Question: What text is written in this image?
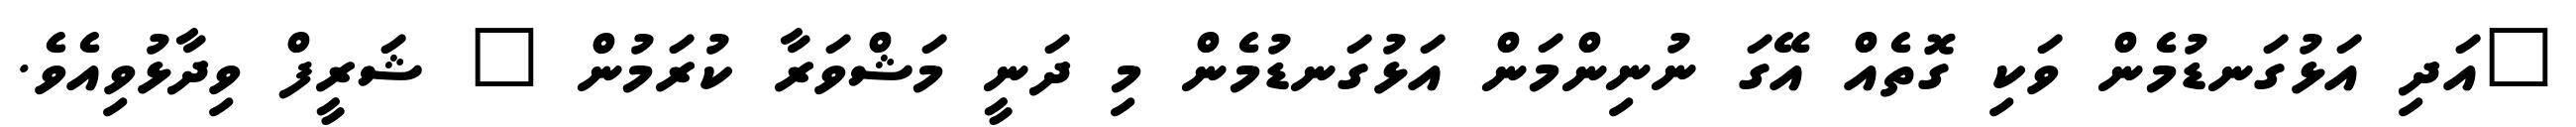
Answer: "އަދި އަޅުގަނޑުމެން ވަކި ގޮތެއް އޭގަ ނުނިންމަން އަޅުގަނޑުމެން މި ދަނީ މަޝްވަރާ ކުރަމުން " ޝަރީފް ވިދާޅުވިއެވެ.